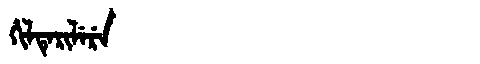
Manchu: ᡥᡳᠯᡨᡝᡵᡳᠯᡝᡵᡝ
Romanization: HILTERILERE